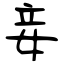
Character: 妾